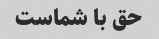
حق با شماست